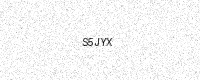
Text: S5JYX